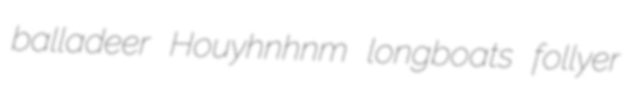
balladeer Houyhnhnm longboats follyer